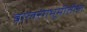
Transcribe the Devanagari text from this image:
बालरंगभूमीतील